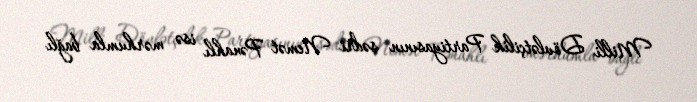
Milli Dövlətçilik Partiyasının sədri Nemət Pənahlı isə mərhumla bağlı